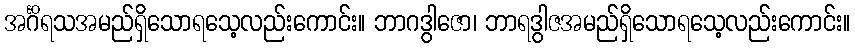
အင်္ဂိရသအမည်ရှိသောရသေ့လည်းကောင်း။ ဘာဂဒွါဇော၊ ဘာရဒွါဇအမည်ရှိသောရသေ့လည်းကောင်း။